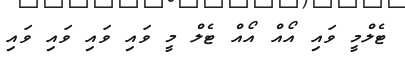
ޓެލްމީ ވައި އޯއް އޯއް ޓެލް މީ ވައި ވައި ވައި ވައި